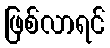
ဖြစ်လာရင်